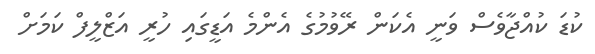
ކުޑަ ކުއްޖާވެސް ވަނީ އެކަން ރޭވުމުގެ އެންމެ އަޑީގައި ހުރީ އަޒްލީފް ކަމަށް